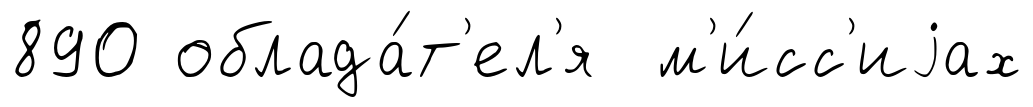
890 облада́т'ел'я м'и́сс'иjах